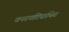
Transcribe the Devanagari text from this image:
वनस्पतिपाचित